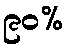
၉၀%